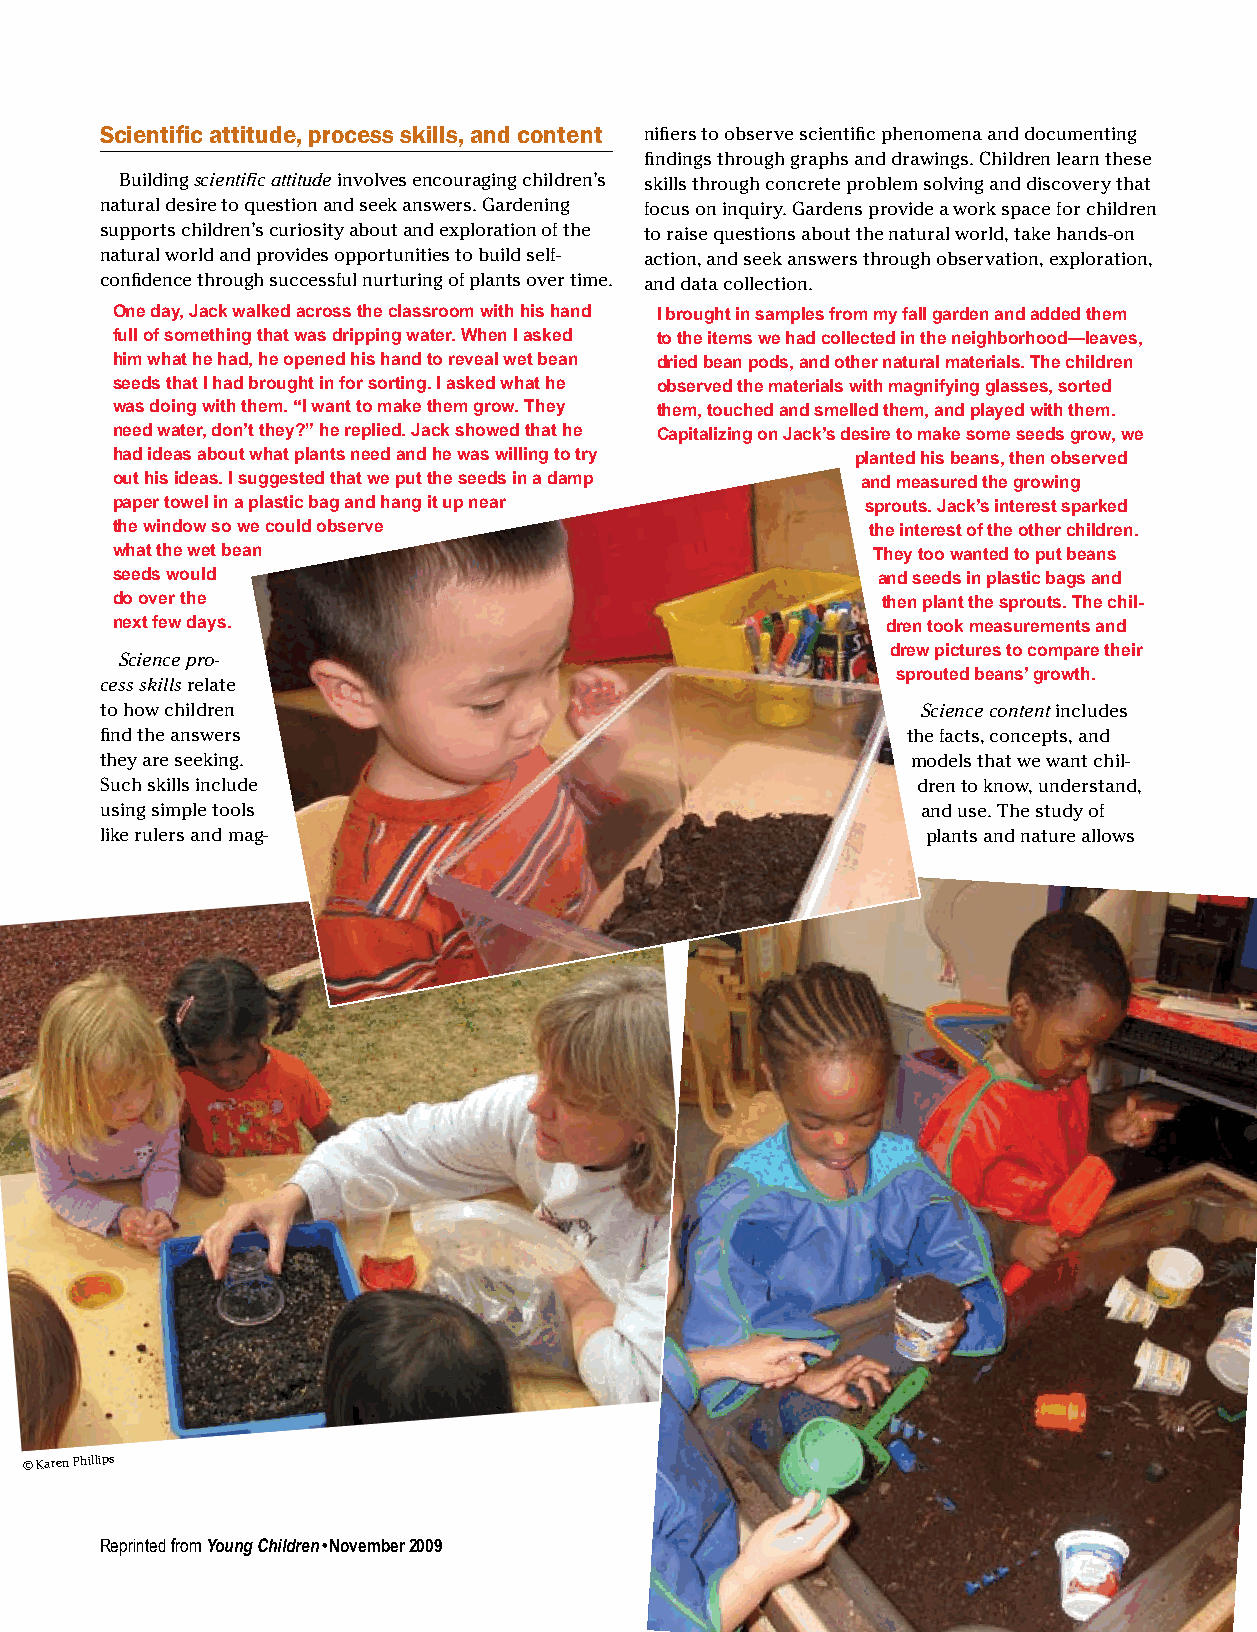
Scientific attitude, process skills, and content nifiers to observe scientific phenomena and documenting
 findings through graphs and drawings. Children learn these
 Building scientific attitude involves encouraging children’s skills through concrete problem solving and discovery that
 natural desire to question and seek answers. Gardening focus on inquiry. Gardens provide a work space for children
 supports children’s curiosity about and exploration of the to raise questions about the natural world, take hands-on
 natural world and provides opportunities to build self- action, and seek answers through observation, exploration,
 confidence through successful nurturing of plants over time. and data collection.
 One day, Jack walked across the classroom with his hand I brought in samples from my fall garden and added them
 full of something that was dripping water. When I asked to the items we had collected in the neighborhood—leaves,
 him what he had, he opened his hand to reveal wet bean dried bean pods, and other natural materials. The children
 seeds that I had brought in for sorting. I asked what he observed the materials with magnifying glasses, sorted
 was doing with them. “I want to make them grow. They them, touched and smelled them, and played with them.
 need water, don’t they?” he replied. Jack showed that he Capitalizing on Jack’s desire to make some seeds grow, we
 had ideas about what plants need and he was willing to try planted his beans, then observed
 out his ideas. I suggested that we put the seeds in a damp and measured the growing
 paper towel in a plastic bag and hang it up near  sprouts. Jack’s interest sparked
 the window so we could observe                     the interest of the other children.
 what the wet bean                                  They too wanted to put beans
 seeds would                                        and seeds in plastic bags and
 do over the                                        then plant the sprouts. The chil-
 next few days.                                      dren took measurements and
 drew pictures to compare their
 Science pro-
 sprouted beans’ growth.
 cess skills relate
 to how children                                       Science content includes
 find the answers                                     the facts, concepts, and
 they are seeking.                                    models that we want chil-
 Such skills include                                   dren to know, understand,
 using simple tools                                    and use. The study of
 like rulers and mag-                                  plants and nature allows
 © Karen Phillips
 Reprinted from Young Children • November 2009                       43